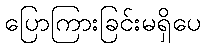
ပြောကြားခြင်းမရှိပေ